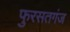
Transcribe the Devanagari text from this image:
फुरसतगंज